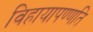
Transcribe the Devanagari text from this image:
विहायापण्णति